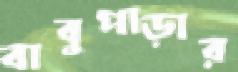
বাবুপাড়ার